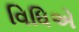
વિધિએ